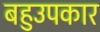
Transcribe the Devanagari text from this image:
बहुउपकार